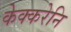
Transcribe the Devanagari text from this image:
केक्करेनि